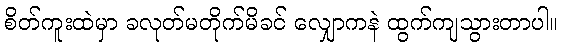
စိတ်ကူးထဲမှာ ခလုတ်မတိုက်မိခင် လျှောကနဲ ထွက်ကျသွားတာပါ။